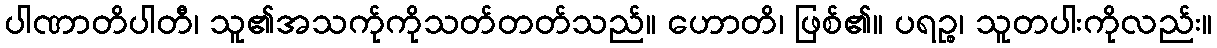
ပါဏာတိပါတီ၊ သူ၏အသက်ုကိုသတ်တတ်သည်။ ဟောတိ၊ ဖြစ်၏။ ပရဉ္စ၊ သူတပါးကိုလည်း။